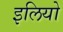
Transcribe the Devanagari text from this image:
इलियो